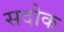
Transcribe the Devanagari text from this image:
सदोक